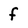
Character: f